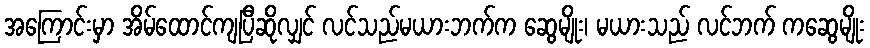
အကြောင်းမှာ အိမ်ထောင်ကျပြီဆိုလျှင် လင်သည်မယားဘက်က ဆွေမျိုး၊ မယားသည် လင်ဘက် ကဆွေမျိုး